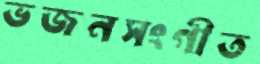
ভজনসংগীত